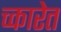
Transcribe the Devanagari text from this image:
च्कारेत